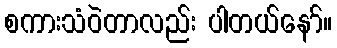
စကားသံဝဲတာလည်း ပါတယ်နော်။